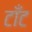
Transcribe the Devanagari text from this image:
टाँट